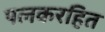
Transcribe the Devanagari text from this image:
पलकरहित